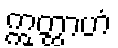
ဣတ္ထာဟံ